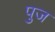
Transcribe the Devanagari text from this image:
पुज